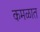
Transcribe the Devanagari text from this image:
कमळात